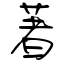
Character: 著